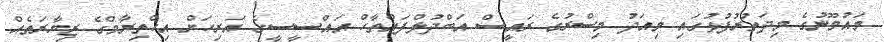
މައުމޫނުގެ މިދަތުރުފުޅުގައި މިއަދު މިސްރުގެ ރައީސް އަބްދުލްފައްތާހް އައްސީސީގެ އަރިހަށް އިހްތިރާމްގެ ޒިޔާރަތެއް